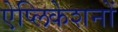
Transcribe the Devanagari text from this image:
ऐप्लिकेशनों